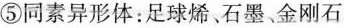
⑤同素异形体：足球烯、石墨、金刚石